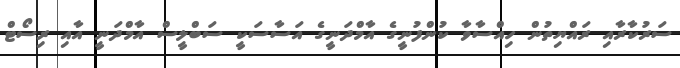
ސަރުކާރާއި ރައްޔިތުން ހިއްސާވާ ކުންފުނީގެ އާމްދަނީގެ އަސާސަކީ ސަބްލީސް އާމްދަނީ އާއި ރިސޯޓް